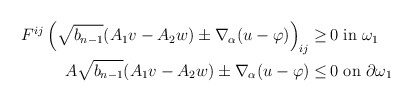
\begin{align*}\begin{aligned}F^{ij} \left(\sqrt{b_{n-1}} (A_1 v - A_2 w) \pm \nabla_\alpha (u - \varphi)\right)_{ij} \geq \,& 0 \mbox{ in } \omega_1\\ A \sqrt{b_{n-1}} (A_1 v - A_2 w) \pm \nabla_\alpha (u - \varphi) \leq \,& 0 \mbox{ on } \partial \omega_1\end{aligned}\end{align*}